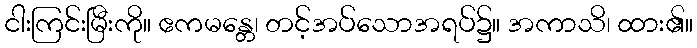
ငါးကြင်းမြီးကို။ ဧကမန္တေ၊ တင့်အပ်သောအရပ်၌။ အကာသိ၊ ထား၏။